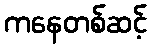
ကနေတစ်ဆင့်